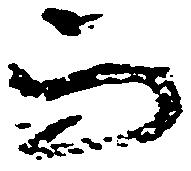
而